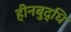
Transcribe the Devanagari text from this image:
हीनबुद्धि